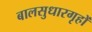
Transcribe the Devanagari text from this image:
बालसुधारगृहों